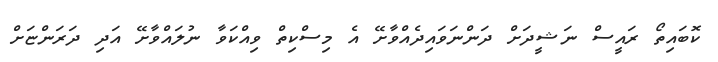
ކޮބައިތޯ ރައީސް ނަޝީދަށް ދަންނަވައިދެއްވާށޭ އެ މިސްކިތް ވިއްކަވާ ނުލައްވާށޭ އަދި ދަރަންޏަށް